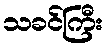
သခင်ကြီး